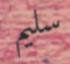
سليم